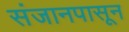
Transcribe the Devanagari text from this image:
संजानपासून